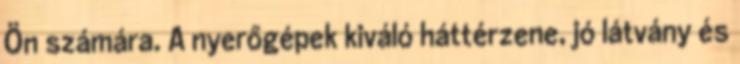
Ön számára. A nyerőgépek kiváló háttérzene, jó látvány és